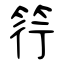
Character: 筕